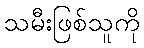
သမီးဖြစ်သူကို